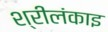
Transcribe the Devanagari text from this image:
श्रीलंकाइ